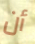
أن